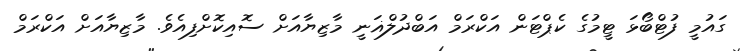
ގައުމީ ފުޓްބޯޅަ ޓީމުގެ ކެޕްޓަން އަކްރަމް އަބްދުލްޣަނީ މާޒިޔާއަށް ސޮއިކޮށްފިއެވެ. މާޒިޔާއަށް އަކްރަމް